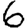
Digit: 6